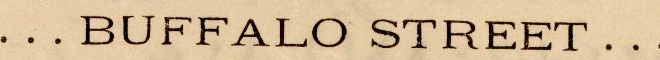
... BUFFALO STREET ...